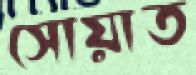
সোয়াত